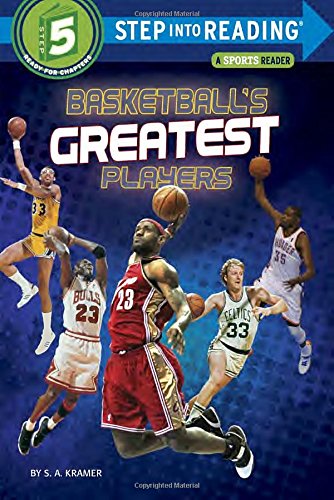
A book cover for Basketball's Greatest Players (Step into Reading); S. A. Kramer; Children's Books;